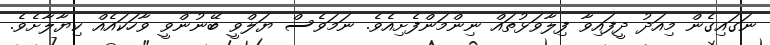
ނަގައިގެން މިއަދު ދީފައިވާ ފިލާވަޅުތައް ނިންމަންފެށިއެވެ. ނަމަވެސް ޔަލްވީ ބޭނުންވީ ވާހަކައެއް ކިޔާލާށެވެ.